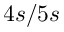
4 s / 5 s